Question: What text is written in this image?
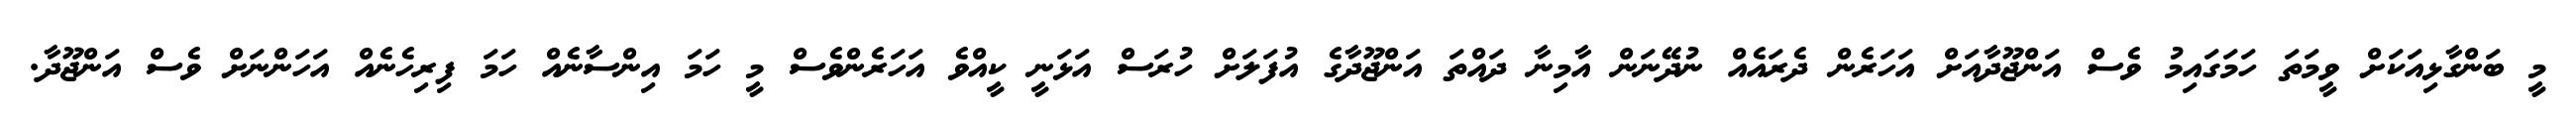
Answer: މީ ބަންގާޅިއަކަށް ވީމަތަ ހަމަގައިމު ވެސް އަންޖޫދާއަށް އަހަރެން ދެރައެއް ނުދޭނަން އާމިނާ ދައްތަ އަންޖޫދާގެ އުފަލަށް ހުރަސް އަޅަނީ ކީއްވެ އަހަރެންވެސް މީ ހަމަ އިންސާނެއް ހަމަ ފިރިހެނެއް އަހަންނަށް ވެސް އަންޖޫދާ.